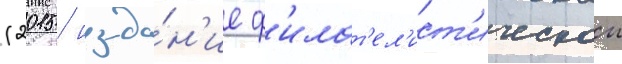
(2015 / изда́н'ие ф'илат'ел'ист'ическои